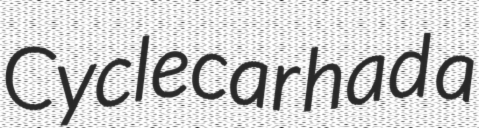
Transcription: Cyclecar had a